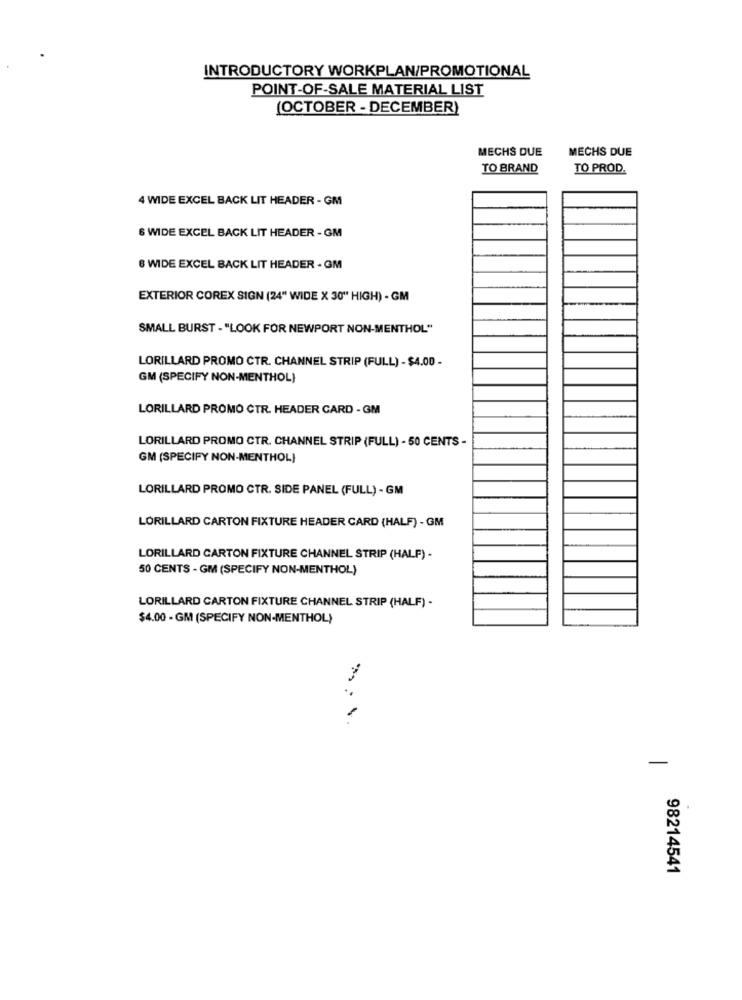
INTRODUCTORY WORKPLAN/PROMOTIONAL
POINT-OF-SALE MATERIAL LIST
(OCTOBER - DECEMBER)
MECHS DUE
MECHS DUE
TO BRAND
TO PROD.
4 WIDE EXCEL BACK LIT HEADER - GM
6 WIDE EXCEL BACK LIT HEADER - GM
6 WIDE EXCEL BACK LIT HEADER - GM
EXTERIOR COREX SIGN (24" WIDE X 30" HIGH) - GM
SMALL BURST - "LOOK FOR NEWPORT NON-MENTHOL"
LORILLARD PROMO CTR. CHANNEL STRIP (FULL) - $4.00 -
GM (SPECIFY NON-MENTHOL)
LORILLARD PROMO CTR. HEADER CARD - GM
LORILLARD PROMO CTR. CHANNEL STRIP (FULL) - 50 CENTS -
GM (SPECIFY NON-MENTHOL}
LORILLARD PROMO CTR. SIDE PANEL (FULL) - GM
LORILLARD CARTON FIXTURE HEADER CARD (HALF) - GM
LORILLARD CARTON FIXTURE CHANNEL STRIP (HALF) -
50 CENTS - GM (SPECIFY NON-MENTHOL)
LORILLARD CARTON FIXTURE CHANNEL STRIP (HALF) -
$4.00 - GM (SPECIFY NON-MENTHOL)
-
98214541